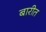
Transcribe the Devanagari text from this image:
बारीत